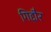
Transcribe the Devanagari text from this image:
गिद्दौर